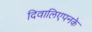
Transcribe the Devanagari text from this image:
दिवालिएपनके